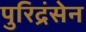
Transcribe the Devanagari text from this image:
पुरिद्रंसेन